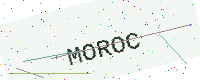
Text: MOROC